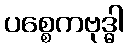
ပစ္စေကဗုဒ္ဓါ